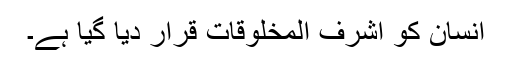
انسان کو اشرف المخلوقات قرار دیا گیا ہے۔